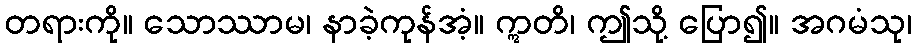
တရားကို။ သောဿာမ၊ နာခဲ့ကုန်အံ့။ ဣတိ၊ ဤသို့ ပြော၍။ အဂမံသု၊